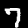
Digit: 7